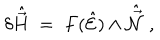
\delta \hat { \vec { H } } \; = \; F ( \hat { \cal E } ) \wedge \hat { \vec { \cal N } } \; ,